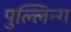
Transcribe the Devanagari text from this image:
पुल्लिन्ग